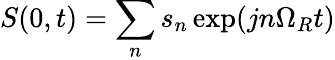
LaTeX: S(0,t)=\sum_{n}s_{n}\exp(jn\Omega_{R}t)